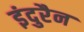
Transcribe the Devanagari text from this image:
इंदुरैन